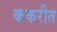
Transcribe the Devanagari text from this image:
ककरीत